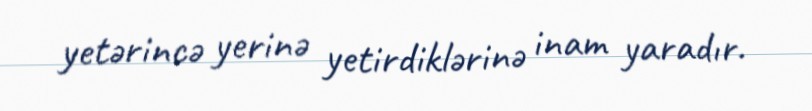
yetərincə yerinə yetirdiklərinə inam yaradır.